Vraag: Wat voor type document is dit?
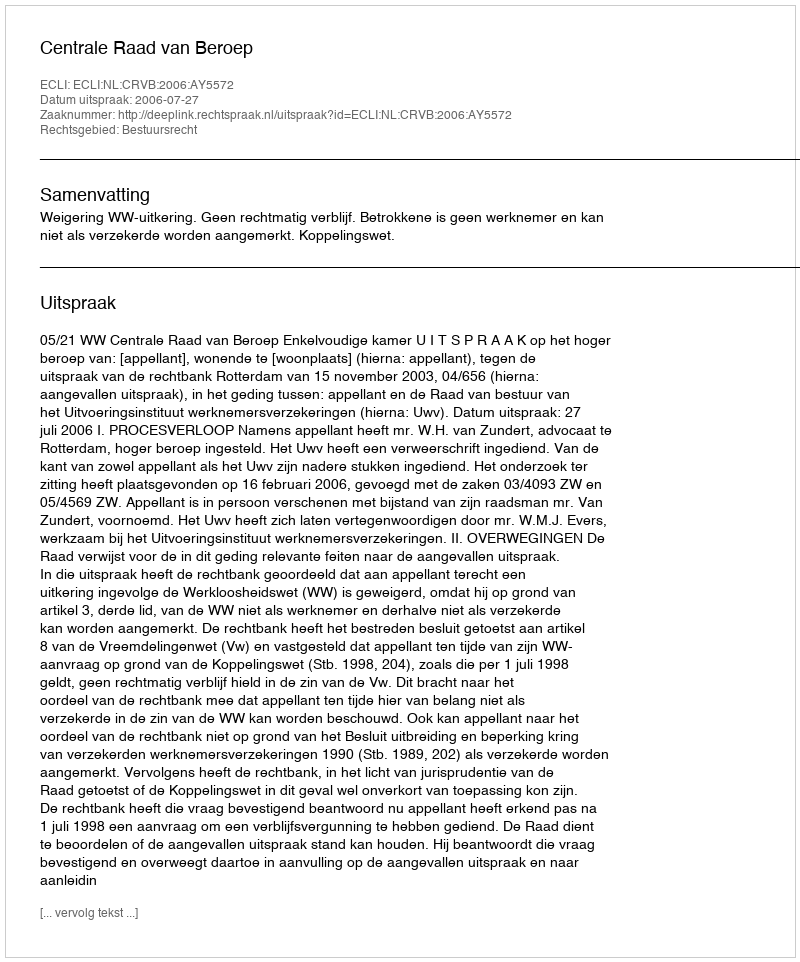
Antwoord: Uitspraak